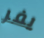
يفر